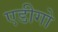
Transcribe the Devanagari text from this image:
एडीगो